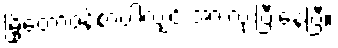
မြို့တော်ဝန်စာပါလျှင် အားလုံးပြီးနေပြီ။